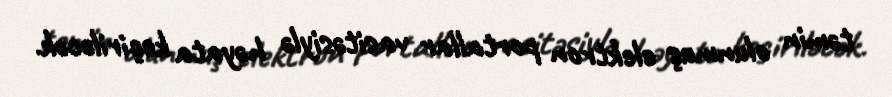
təmin olunmuş elektron portallar vasitəsiylə həyata keçiriləcək.